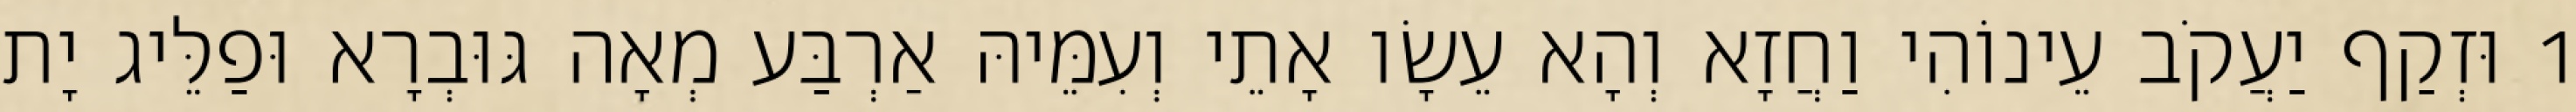
1 וּזְקַף יַעֲקֹב עֵינוֹהִי וַחֲזָא וְהָא עֵשָׂו אָתֵי וְעִמֵּיהּ אַרְבַּע מְאָה גּוּבְרָא וּפַלֵּיג יָת